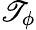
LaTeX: \mathscr{T}_{\phi}